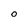
Character: o